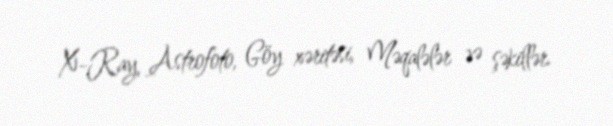
X-Ray, Astrofoto, Göy xəritəsi, Məqalələr və şəkillər.